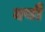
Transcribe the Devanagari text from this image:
क्यौ